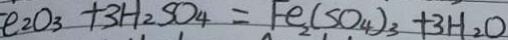
e _ { 2 } O _ { 3 } + 3 H _ { 2 } S O _ { 4 } = F e ( S O _ { 4 } ) _ { 3 } + 3 H _ { 2 } O